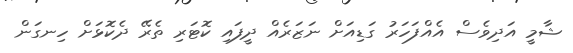
ޝާމީ އަދިވެސް އެއްފަހަރު ގަޑިއަށް ނަޒަރެއް ދީފައި ކޮޓަރި ތެރޭ ދެކޮޅަށް ހިނގަން